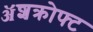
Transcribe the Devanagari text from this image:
ॲशक्रोफ्ट